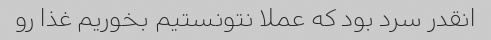
انقدر سرد بود که عملا نتونستیم بخوریم غذا رو